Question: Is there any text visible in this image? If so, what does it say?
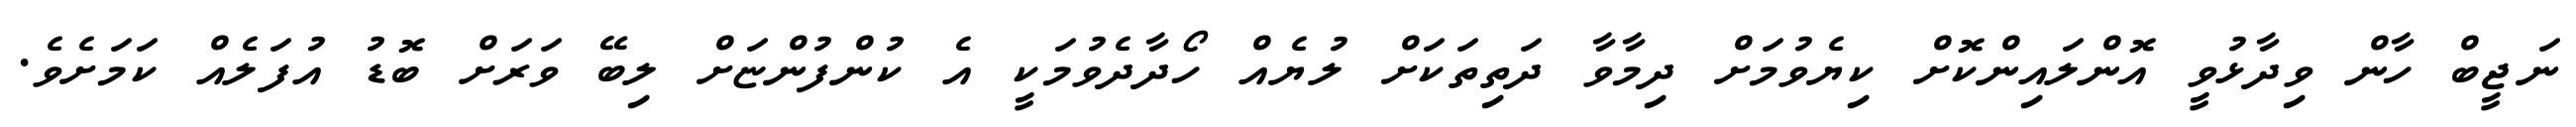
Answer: ނަޖީބް ހާން ވިދާޅުވީ އޮންލައިންކޮށް ކިޔެވުމަށް ދިމާވާ ދަތިތަކަށް ލުޔެއް ހޯދާދެވުމަކީ އެ ކުންފުންޏަށް ލިބޭ ވަރަށް ބޮޑު އުފަލެއް ކަމަށެވެ.